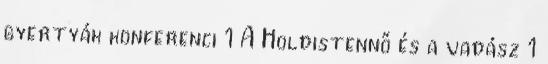
gyertyák konferenci 1 A Holdistennő és a vadász 1